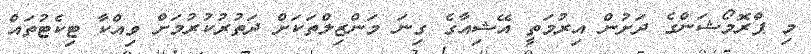
މި ޕްރޮމޯޝަންގެ ދަށުން އިރުމަތީ އޭޝިއާގެ ގިނަ މަންޒިލްތަކަށް ދަތުރުކުރުމަށް ވިއްކާ ޓިކެޓުތައް